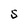
Character: S